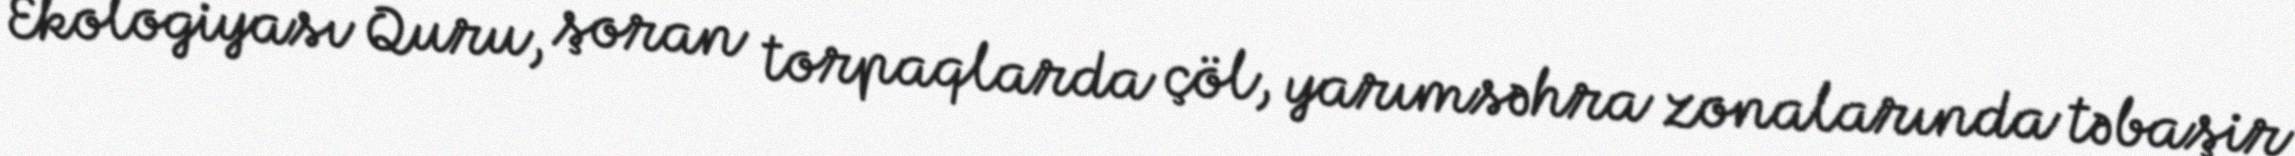
Ekologiyası Quru, şoran torpaqlarda çöl, yarımsəhra zonalarında təbaşir